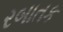
રબાતક